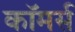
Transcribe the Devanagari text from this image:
काॅमर्स